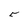
Character: 5